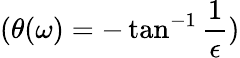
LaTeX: (\theta(\omega)=-\tan^{-1}{\frac{1}{\epsilon})}